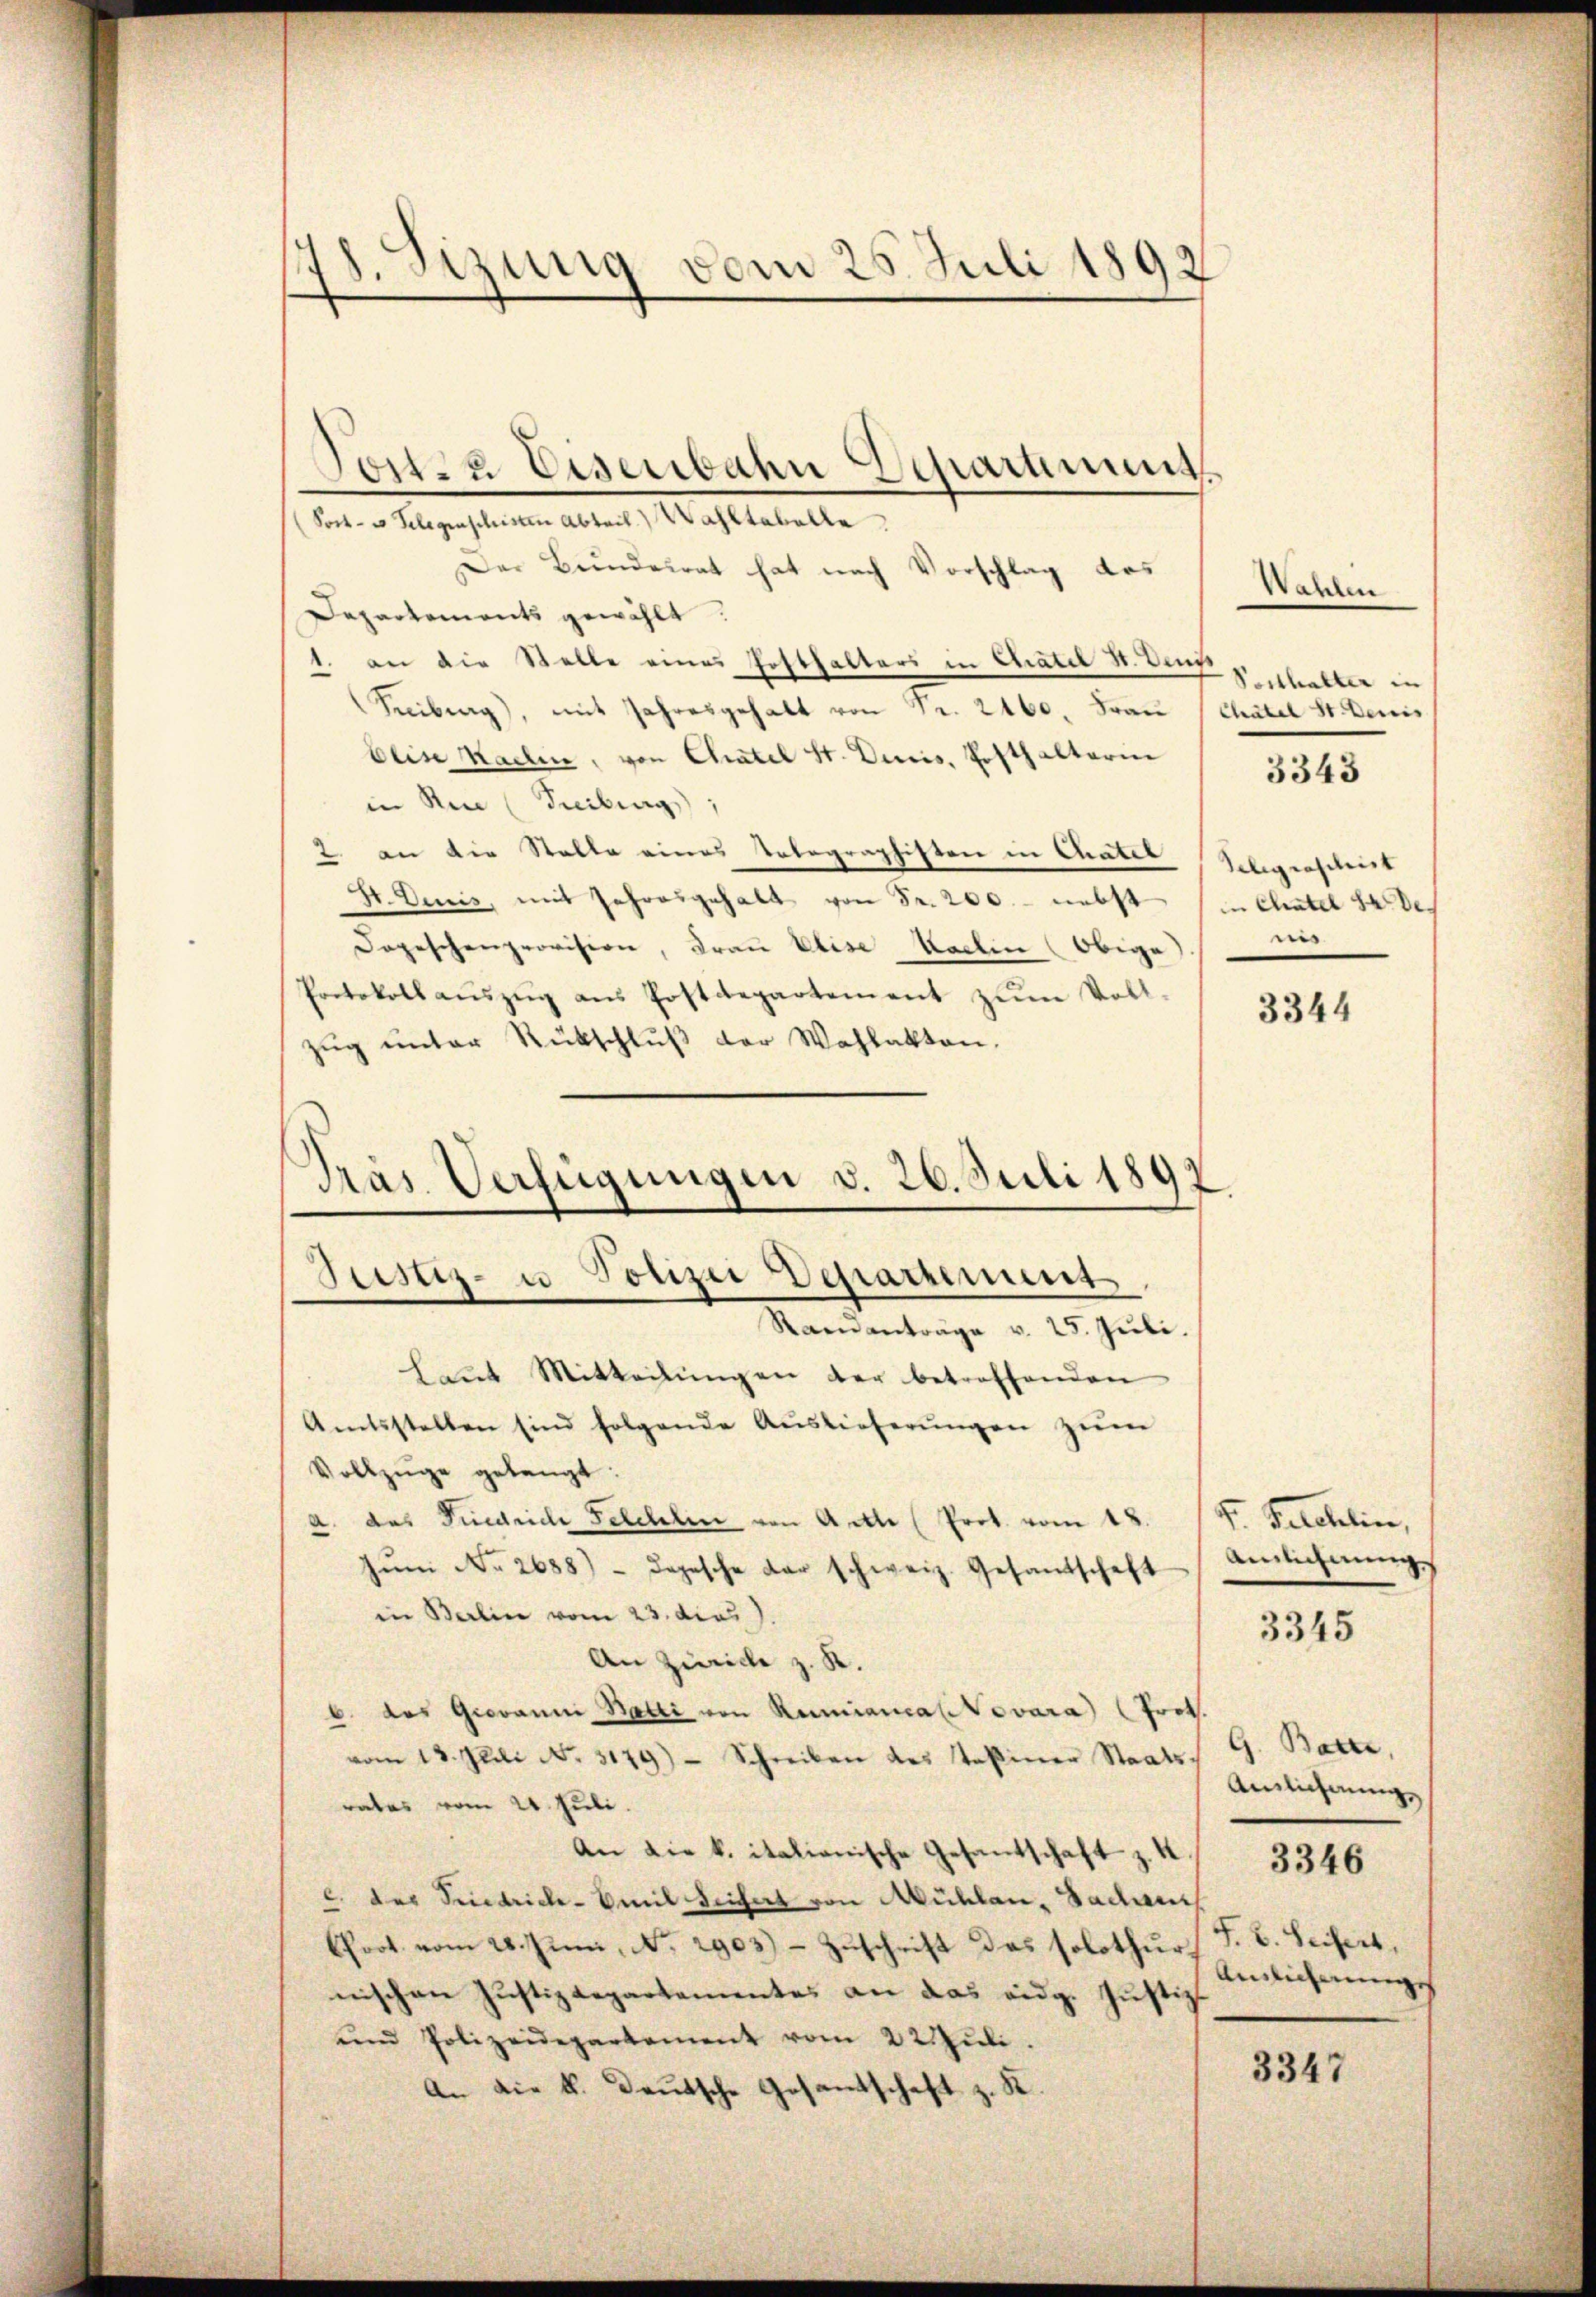
78. Sizung vom 25. Juli 1892

Jostsa Eisenbahn charnung.
Post- u Gelegenschristen Abteil. Wahltabelle
Der Bundesrat hat nach Vorschlag das
Departements gewählt:
1. an die Stelle eines Posthalters in Chatel V. Denis
Freiburg, mit Jahresgehalt von Fr. 2160. Frau (Chatel St. Denis
beise Karlin, von Chatel St. Decis, Posthalterin
in Rin (Freiburg)
2 an die Stalle eines Telegraphisten in Chatel
S. Decis, mit Jahresgehalt von Fr. 200.- nebst in Chatel de de
Depeschenprovision, Frau Elise Karlin (Obige
Protokoll aŭszŭg aŭs Postdepartement zŭm Voll- / 3344
zug unter Rückschluß der Wahlakten.
Präs. Verfügungen v. 26. Juli 1892.

s
Justiz- u Ponzer Departement

Wahlen
Posthalter in
3343
Telegraschrist
nis

Randanträge v. 25. Juli.
Laŭt Mitteilŭngen der betreffenden
Amtsstellen sind folgende Auslieferŭngen zŭm
Vollzüge gelangt.
a. das Friedrich Felchlin von Acte (Prot. vom 18.
Zŭm No. 2688) - dopesche der schweiz. Gesandschaft
in Berlin vom 23. dies
An Zürich z. R.
b. das Giovanni Balli von Rumiancalovara (Prot.
vom 13. Juli No. 3179) - Schreiben des Teßiner Staats- G. Batte,
Annlichnung
rates vom 24. Juli.
An die k. italianische Gesandschaft z. K / 3346
c. des Friedrich - Emil Seifert von Mühlen, Badan
Crot vom 28. Juni, No. 2903) - Zuschrift das solothur. J. V. Seifers,
Annlicherungs
nischen Justizdepartementes an das eidg. Justiz
ŭnd Polizeidepartement vom 22. Jŭli
3347
An die k. Deutsche Gesantschaft z. K.

I. Seleklin,
Annlichnung

3345